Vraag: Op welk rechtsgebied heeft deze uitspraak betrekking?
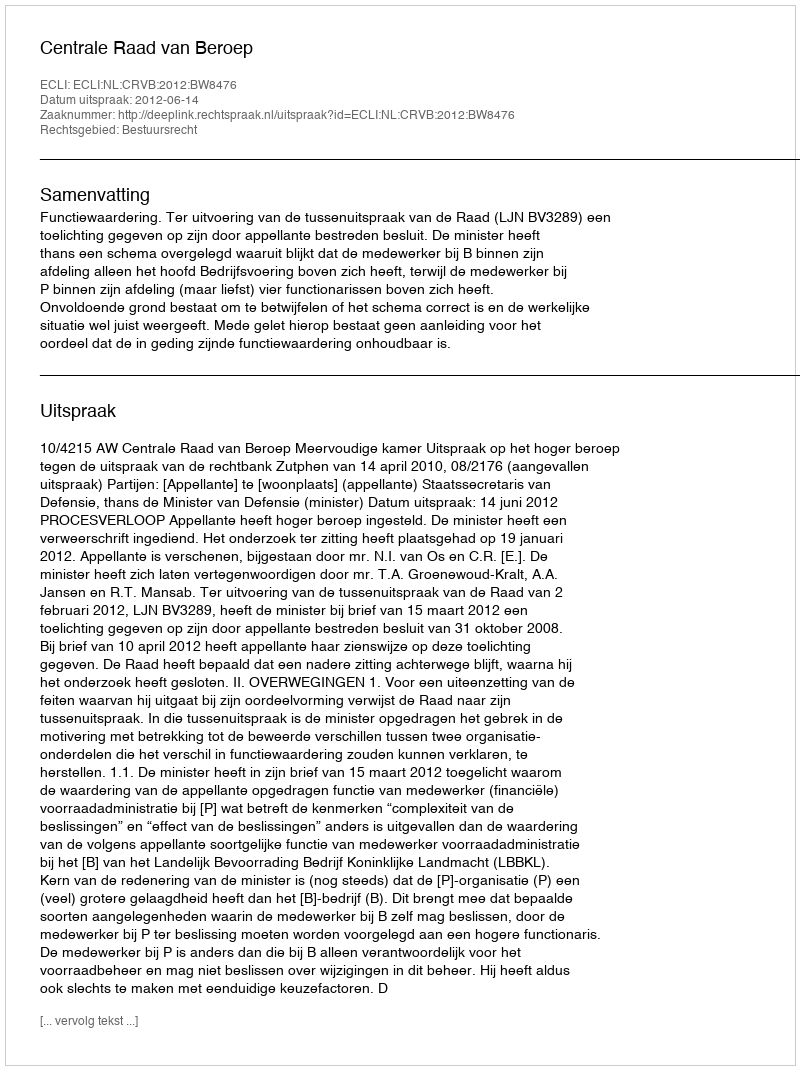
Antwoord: Bestuursrecht